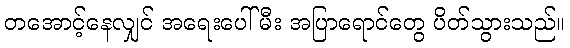
တအောင့်နေလျှင် အရေးပေါ်မီး အပြာရောင်တွေ ပိတ်သွားသည်။